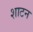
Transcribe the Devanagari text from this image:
शाटन